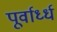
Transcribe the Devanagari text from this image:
पूर्वार्ध्ध